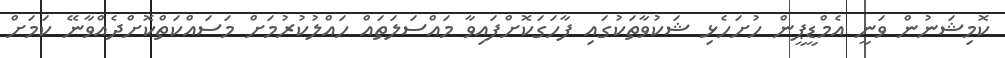
ކޮމިޝަނުން ވަނީ އެމްޑީޕީން ހުށަހެޅި ޝަކުވާތަކުގައި ފާހަގަކޮށްފައިވާ މައްސަލަތައް ހައްލުކުރުމަށް މަސައްކަތްކޮށްދެއްވާނޭ ކަމަށް